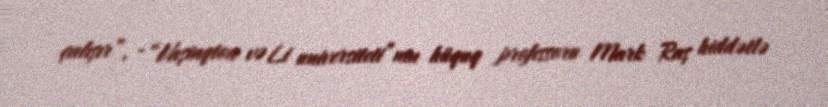
çalışır”, - “Vaşinqton və Li universiteti”nin hüquq professoru Mark Raş hiddətlə